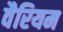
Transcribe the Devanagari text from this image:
वैरियम